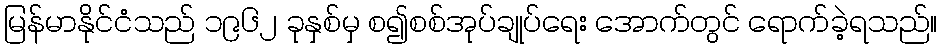
မြန်မာနိုင်ငံသည် ၁၉၆၂ ခုနှစ်မှ စ၍စစ်အုပ်ချုပ်ရေး အောက်တွင် ရောက်ခဲ့ရသည်။